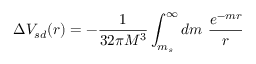
\Delta V _ { s d } ( r ) = - \frac { 1 } { 3 2 \pi M ^ { 3 } } \int _ { m _ { s } } ^ { \infty } d m ~ \frac { e ^ { - m r } } { r } ~